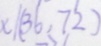
x \vert ( 3 6 , 7 2 )